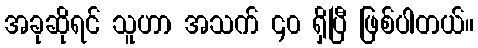
အခုဆိုရင် သူဟာ အသက် ၄၀ ရှိပြီ ဖြစ်ပါတယ်။